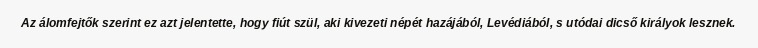
Az álomfejtők szerint ez azt jelentette, hogy fiút szül, aki kivezeti népét hazájából, Levédiából, s utódai dicső királyok lesznek.